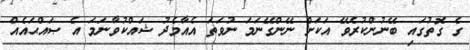
ގެ ގޮތުގައި ބޭނުންކުރެވޭ އަކަށް ނޭންގޭނަމަ ނުވަތަ އެއާމެދު ޝައްކުވާނަމަ އެ ޞައްޙައެއް